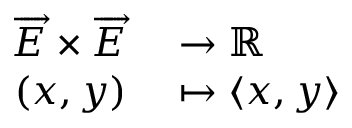
\begin{array} { r l } { { \overrightarrow { E } } \times { \overrightarrow { E } } } & { { } \to \mathbb { R } } \\ { ( x , y ) } & { { } \mapsto \langle x , y \rangle } \end{array}